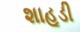
શાહૂડી